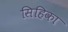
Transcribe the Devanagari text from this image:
सिहिका